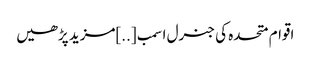
اقوام متحدہ کی جنرل اسمب [..]مزید پڑھیں